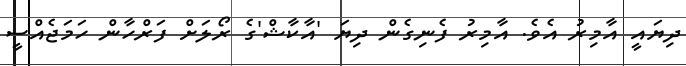
ދިޔައީ އާމިރު އެވެ. އާމިރު ފެނިގެން ދިޔަ 'އާކާޝް'ގެ ރޯލަށް ފަރްހާން ހަމަޖެއްސީ